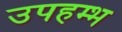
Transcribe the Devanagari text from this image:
उपहम्भ